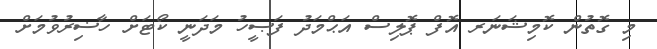
މި ގޮތުން ކޮމިޝަނަރ އޮފް ޕޮލިސް އަޙްމަދު ފަޞީހު މަދަނީ ކޯޓަށް ހާޟިރުވުމަށް